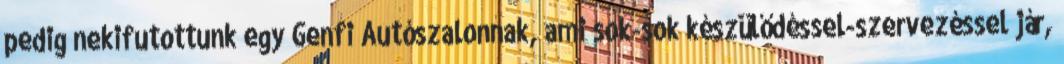
pedig nekifutottunk egy Genfi Autószalonnak, ami sok-sok készülődéssel-szervezéssel jár,